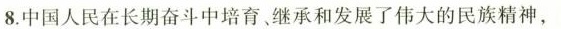
8.中国人民在长期奋斗中培育。继承和发展了伟大的民族精神，